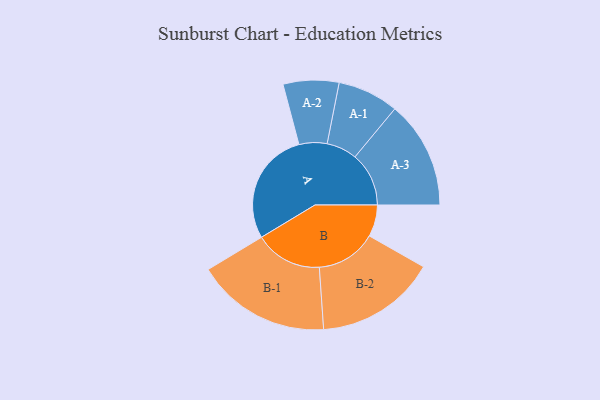
{"axis": {"x": "Segment", "y": "Value"}, "legend": ["", "A", "B"], "data": [{"x": "A", "y": 473, "type": ""}, {"x": "B", "y": 132, "type": ""}, {"x": "A-1", "y": 127, "type": "A"}, {"x": "A-2", "y": 116, "type": "A"}, {"x": "A-3", "y": 224, "type": "A"}, {"x": "B-1", "y": 280, "type": "B"}, {"x": "B-2", "y": 251, "type": "B"}]}